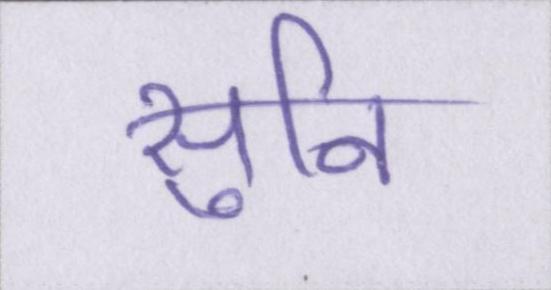
सुनि